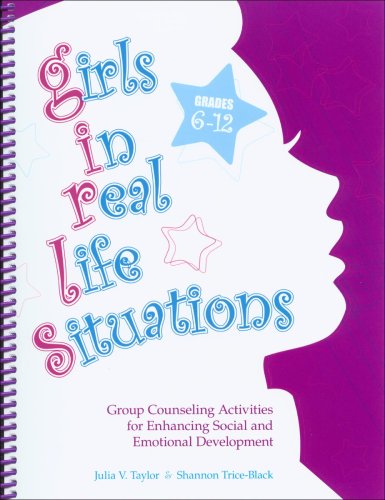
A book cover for Girls in Real Life Situations, Grades 6-12: Group Counseling Activities for Enhancing Social and Emotional Development (Book and CD); Julia V. Taylor; Education & Teaching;